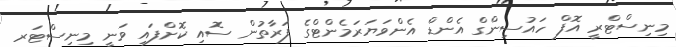
މިނިސްޓްރީ އޮފް ހައުސިންގް އެންޑް އެންވަޔަރަމެންޓްގެ ފަރާތުން ސޮއި ކޮށްފައި ވަނީ މިނިސްޓަރ